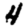
Digit: 4